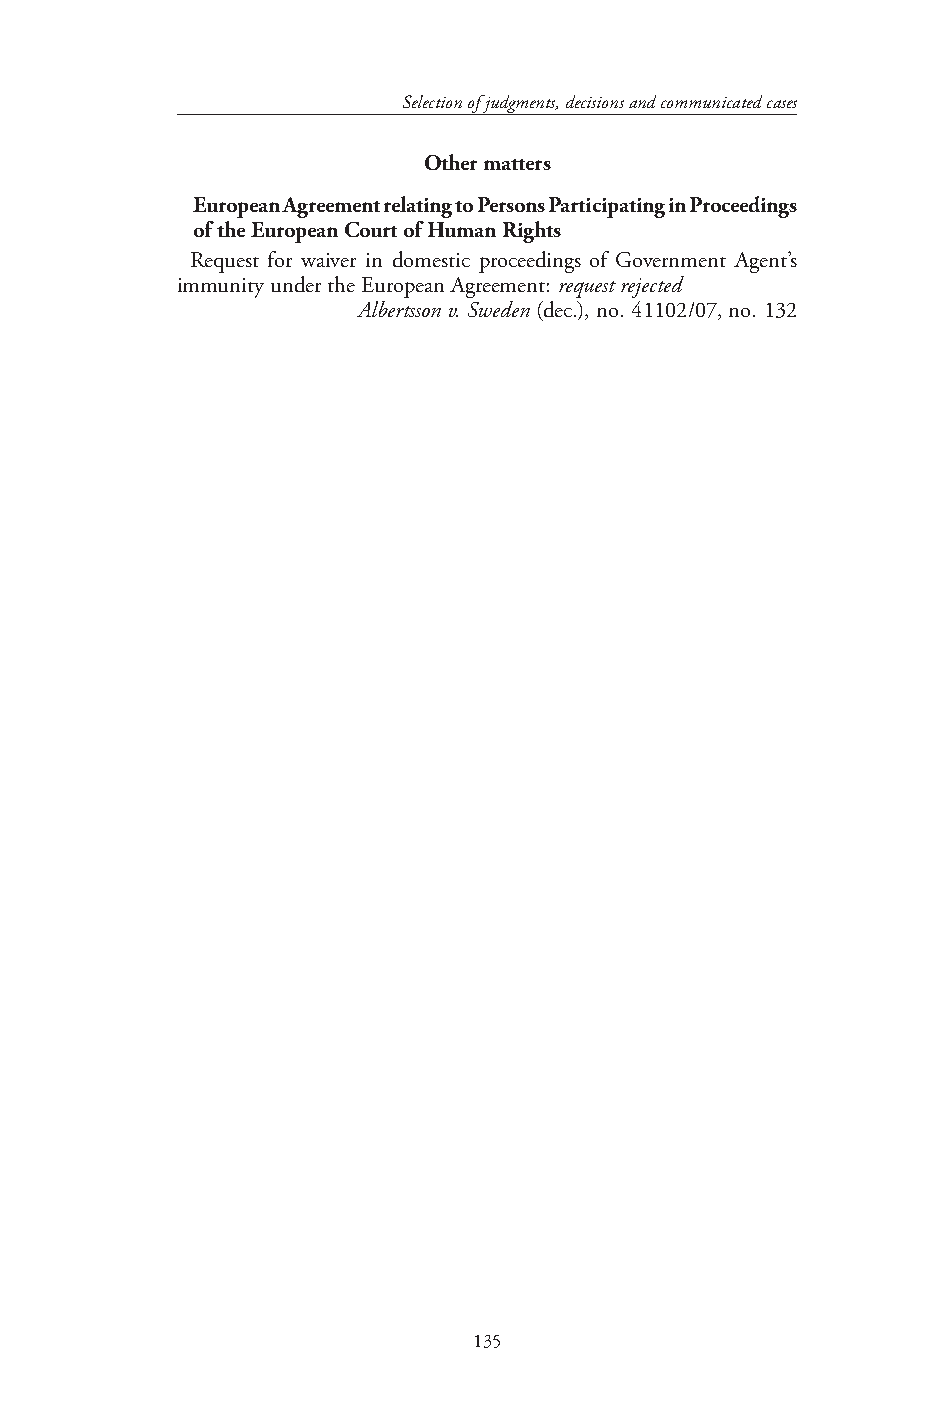
Selection of judgments, decisions and communicated cases
 Other matters
 European Agreement relating to Persons Participating in Proceedings
 of the European Court of Human Rights
 Request for waiver in domestic proceedings of Government Agent’s
 immunity under the European Agreement: request rejected
 Albertsson v. Sweden (dec.), no. 41102/07, no. 132
 135